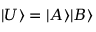
| U \rangle = | A \rangle | B \rangle